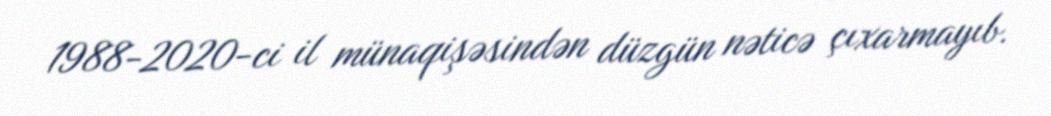
1988-2020-ci il münaqişəsindən düzgün nəticə çıxarmayıb.